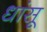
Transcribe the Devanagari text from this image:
धांसू